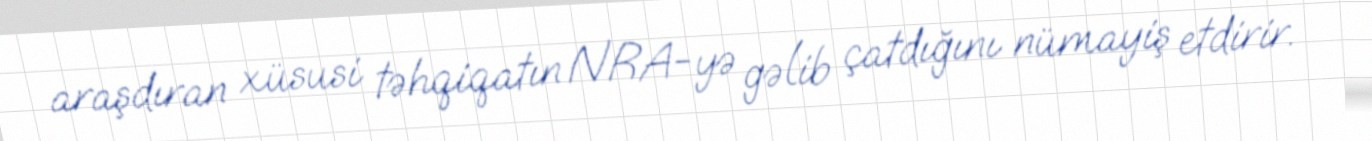
araşdıran xüsusi təhqiqatın NRA-yə gəlib çatdığını nümayiş etdirir.